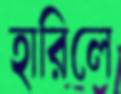
হারিলে